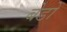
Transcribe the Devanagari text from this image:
बेडों